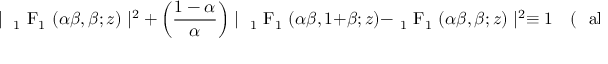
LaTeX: \mid \mathrm { ~ { { } _ { 1 } ~ F _ { 1 } } ~ } ( \alpha \beta , \beta ; z ) \mid ^ { 2 } + \left( \frac { 1 - \alpha } { \alpha } \right) \mid \mathrm { ~ { { } _ { 1 } ~ F _ { 1 } } ~ } ( \alpha \beta , 1 + \beta ; z ) - \mathrm { ~ { { } _ { 1 } ~ F _ { 1 } } ~ } ( \alpha \beta , \beta ; z ) \mid ^ { 2 } \equiv 1 \quad \mathrm { ( ~ \ a l p h a ~ r e a l ) }